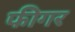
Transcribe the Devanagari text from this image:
फीगर